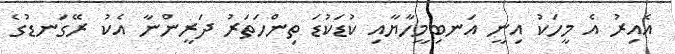
އެއިރު އެ މީހަކު އިނީ އަނބިމީހާޔާއި ކުޑަކުޑަ ތިންހަތަރު ދަރީންނާ އެކު ރޭގަނޑުގެ